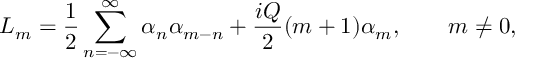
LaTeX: L _ { m } = \frac { 1 } { 2 } \sum _ { n = - \infty } ^ { \infty } \alpha _ { n } \alpha _ { m - n } + \frac { i Q } { 2 } ( m + 1 ) \alpha _ { m } , \qquad m \neq 0 ,